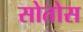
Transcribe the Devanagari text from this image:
सोतोस